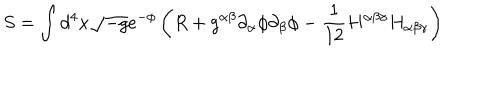
LaTeX: S = \int d ^ { 4 } x \sqrt { - g } e ^ { - \phi } \left( R + g ^ { \alpha \beta } \partial _ { \alpha } \phi \partial _ { \beta } \phi - \frac 1 { 1 2 } H ^ { \alpha \beta \gamma } H _ { \alpha \beta \gamma } \right)